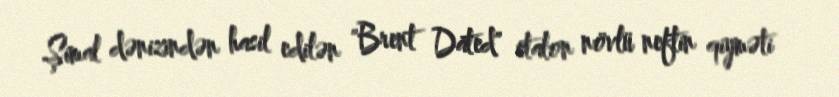
Şimal dənizindən hasil edilən "Brent Dated" etalon növlü neftin qiyməti